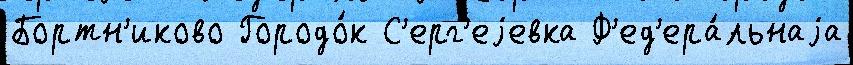
Бортн'иково Городо́к С'ерг'еjевка Ф'ед'ера́льнаjа